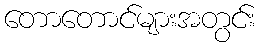
တောတောင်များအတွင်း